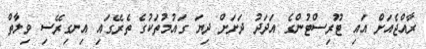
ރާއްޖެއަށް އައި ޓޫރިސްޓުންގެ އަދަދު ދަށަށް ދިޔަ ގައުމުތަކުގެ ތެރޭގައި އިނގިރޭސި ވިލާތް